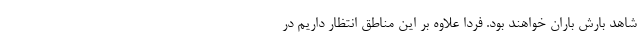
شاهد بارش باران خواهند بود. فردا علاوه بر این مناطق انتظار داریم در